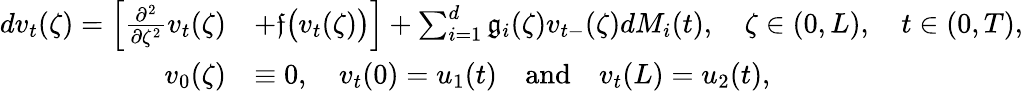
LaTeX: \begin{array}{rl}{dv_{t}(\zeta)=\Big[\frac{\partial^{2}}{\partial\zeta^{2}}v_{t}(\zeta)}&{+\mathfrak{f}\big(v_{t}(\zeta)\big)\Big]+\sum_{i=1}^{d}\mathfrak g_{i}(\zeta)v_{t-}(\zeta)dM_{i}(t),\quad\zeta\in(0,L),\quad t\in(0,T),}\\ {v_{0}(\zeta)}&{\equiv 0,\quad v_{t}(0)=u_{1}(t)\quad\mathrm{and}\quad v_{t}(L)=u_{2}(t),}\end{array}